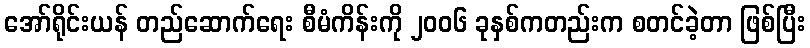
အော်ရိုင်းယန် တည်ဆောက်ရေး စီမံကိန်းကို ၂၀၀၆ ခုနှစ်ကတည်းက စတင်ခဲ့တာ ဖြစ်ပြီး